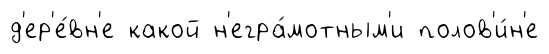
д'ер'е́вн'е какой н'егра́мотным'и полов'и́н'е